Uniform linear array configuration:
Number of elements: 64
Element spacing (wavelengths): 0.5
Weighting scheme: exponential
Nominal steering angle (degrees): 0
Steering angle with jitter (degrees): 0.2721
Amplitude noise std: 0.05
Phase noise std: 0.05

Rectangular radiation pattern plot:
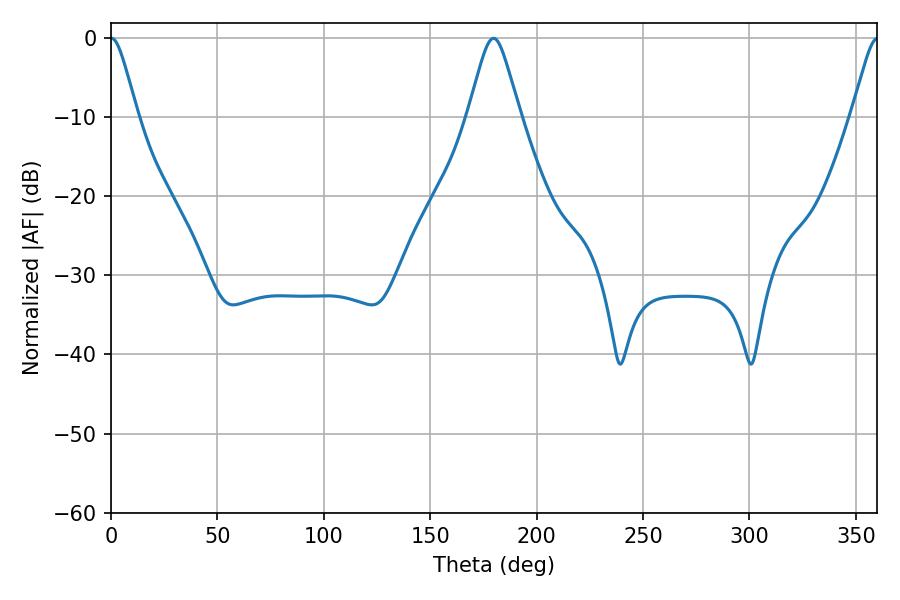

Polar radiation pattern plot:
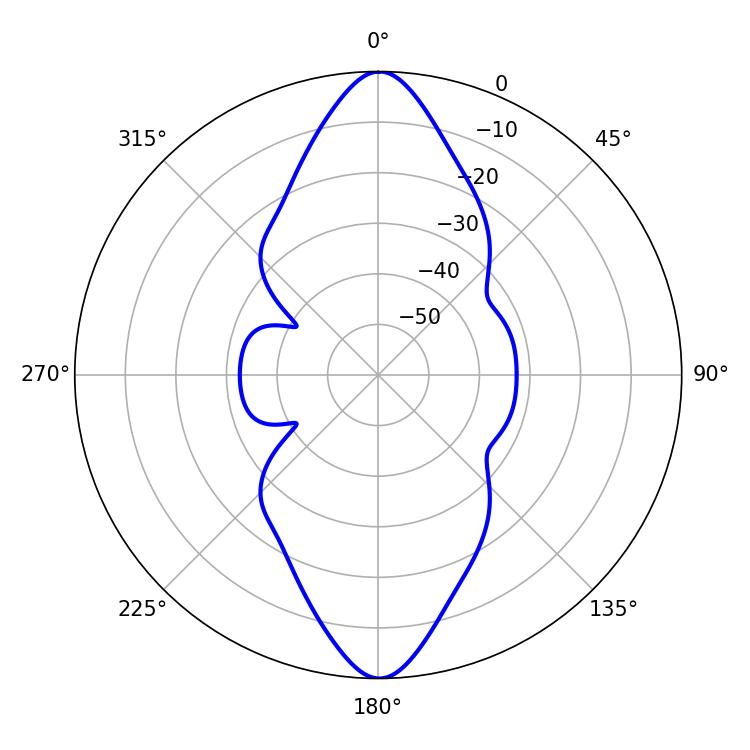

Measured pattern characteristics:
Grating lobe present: FALSE
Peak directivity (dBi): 30.198
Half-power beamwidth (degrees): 5.94
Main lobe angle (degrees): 0.18